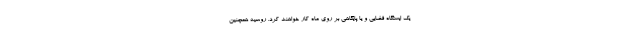
یک ایستگاه فضایی و یا پایگاهی بر روی ماه کار خواهند کرد. روسیه همچنین